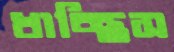
খাচ্ছিস